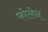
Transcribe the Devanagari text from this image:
फोलेन